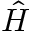
\Hat { H }